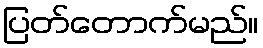
ပြတ်တောက်မည်။